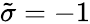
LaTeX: \tilde{\sigma}=-1